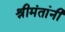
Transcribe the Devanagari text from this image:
श्रीमंतांनी